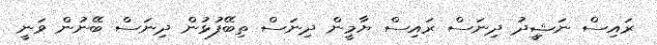
ރައިސް ނަޝިީދު ދިނަސް ރައިސް ޔާމީން ދިނަސް ތިބޭފުޅުން ދިނަސް ބޭނުން ވަނީ